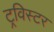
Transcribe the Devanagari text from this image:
ट्रविस्टर